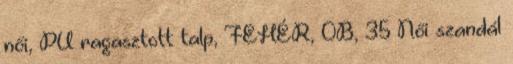
női, PU ragasztott talp, FEHÉR, 0B, 35 Női szandál